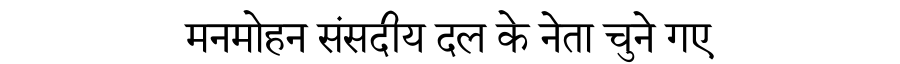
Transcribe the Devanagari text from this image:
मनमोहन संसदीय दल के नेता चुने गए